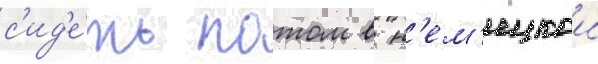
с'ид'е́ть потом в н'ем'ецкои